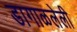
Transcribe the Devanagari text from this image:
डागाळलेली